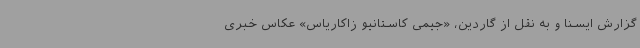
گزارش ایسنا و به نقل از گاردین، «جیمی کاستانیو زاکاریاس» عکاس خبری